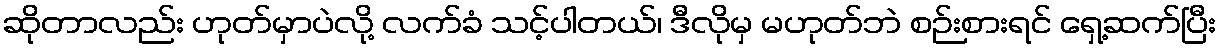
ဆိုတာလည်း ဟုတ်မှာပဲလို့ လက်ခံ သင့်ပါတယ်၊ ဒီလိုမှ မဟုတ်ဘဲ စဉ်းစားရင် ရှေ့ဆက်ပြီး